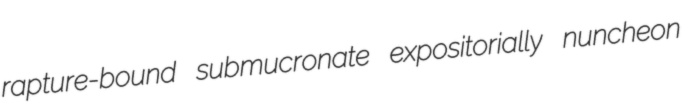
rapture-bound submucronate expositorially nuncheon